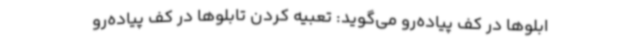
ابلوها در کف پیاده‌رو می‌گوید: تعبیه کردن تابلوها در کف پیاده‌رو